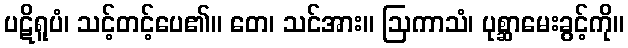
ပဋိရူပံ၊ သင့်တင့်ပေ၏။ တေ၊ သင်အား။ ဩကာသံ၊ ပုစ္ဆာမေးခွင့်ကို။